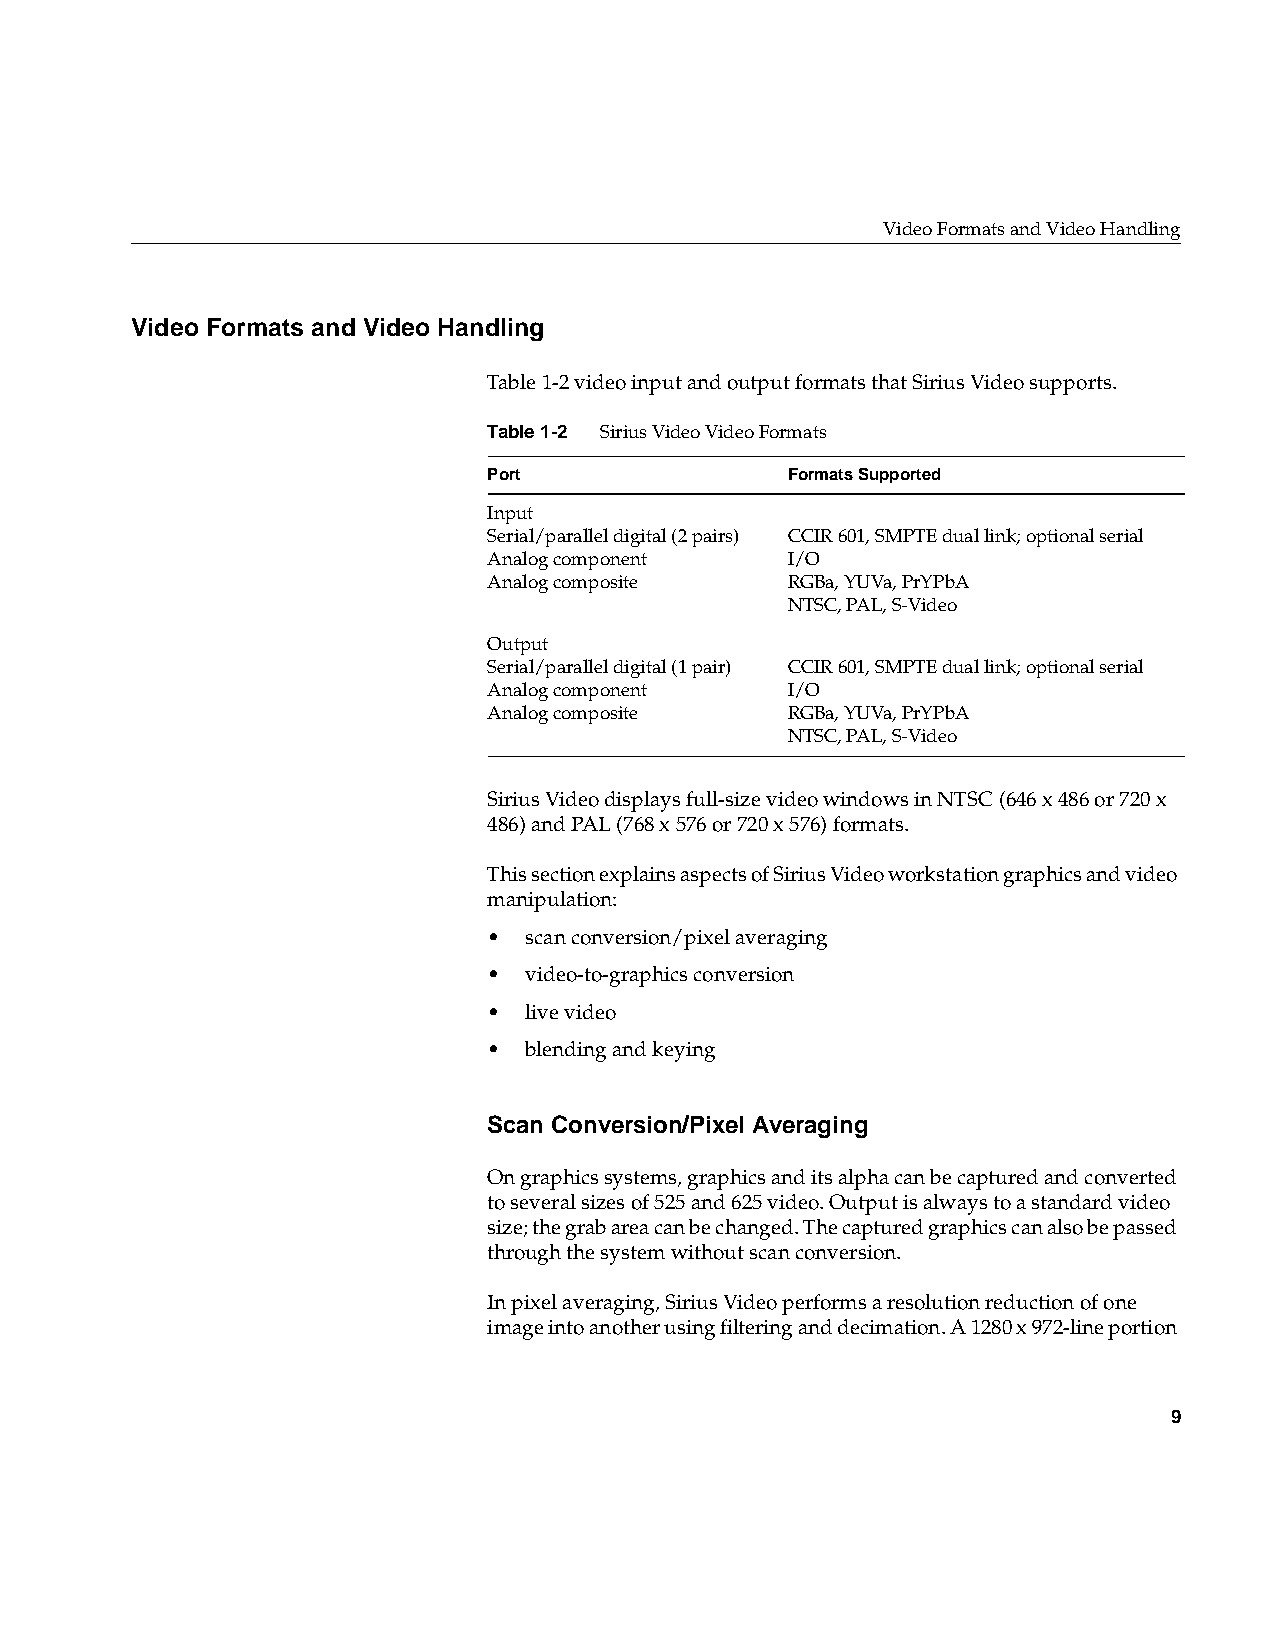
Video Formats and Video Handling
 Video Formats and Video Handling
 Table1-2 video input and output formats that Sirius Video supports.
 Table1-2 Sirius Video Video Formats
 Port                Formats Supported
 Input
 Serial/parallel digital (2 pairs) CCIR 601, SMPTE dual link; optional serial
 Analog component    I/O
 Analog composite    RGBa, YUVa, PrYPbA
 NTSC, PAL, S-Video
 Output
 Serial/parallel digital (1 pair) CCIR 601, SMPTE dual link; optional serial
 Analog component    I/O
 Analog composite    RGBa, YUVa, PrYPbA
 NTSC, PAL, S-Video
 Sirius Video displays full-size video windows in NTSC (646 x 486 or 720 x
 486) and PAL (768 x 576 or 720 x 576) formats.
 This section explains aspects of Sirius Video workstation graphics and video
 manipulation:
 •  scan conversion/pixel averaging
 •  video-to-graphics conversion
 •  live video
 •  blending and keying
 Scan Conversion/Pixel Averaging
 On graphics systems, graphics and its alpha can be captured and converted
 to several sizes of 525 and 625 video. Output is always to a standard video
 size; the grab area can be changed. The captured graphics can also be passed
 through the system without scan conversion.
 In pixel averaging, Sirius Video performs a resolution reduction of one
 image into another using filtering and decimation. A 1280 x 972-line portion
 9